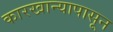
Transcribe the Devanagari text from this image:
कारखान्यापासून